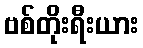
ဗစ်တိုးရီးယား